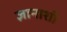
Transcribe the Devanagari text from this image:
ज्ञानाशी